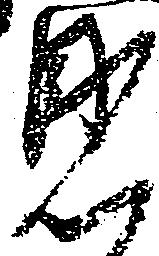
見